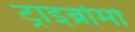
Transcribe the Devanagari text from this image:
ट्राइब्रोमो